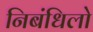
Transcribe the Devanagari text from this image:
निबंधिलो